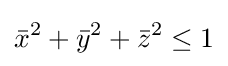
{\bar {x}}^{2}+{\bar {y}}^{2}+{\bar {z}}^{2}\leq 1